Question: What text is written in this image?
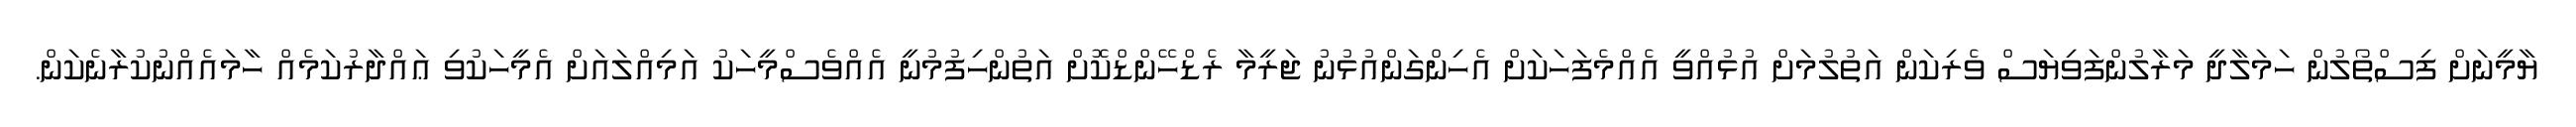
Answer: ޔާމީނަށް ފިސްތޯލުން ހަމަލާދީ މަރާލުންފަވިޔަސް ވެރިކަން އަތުލުމަށް އުޅުއްވީ އެއްމެފަހަކަށް އެހިންގަންއުޅުނު ޖަރީމާ ރެޑްހޭންޑްކޮށް އަތުންހިފުމުނީ އެއްވެސްމީހަކު އަމިއްލައަށް އެމީހަކުވި ޢައްދާރުކަމެއް ހާމައެއްނުކުރާނެކަން.